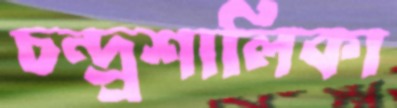
চন্দ্র্রশালিকা